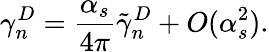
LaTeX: \gamma_{n}^{D}=\frac{\alpha_{s}}{4\pi}\tilde{\gamma}_{n}^{D}+O(\alpha_{s}^{2}).